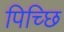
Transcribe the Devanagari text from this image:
पिच्छि